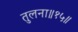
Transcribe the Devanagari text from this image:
तुलना॥१५॥